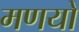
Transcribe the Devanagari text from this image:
मणयो